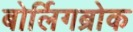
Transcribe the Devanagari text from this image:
बोर्लिगब्रोक